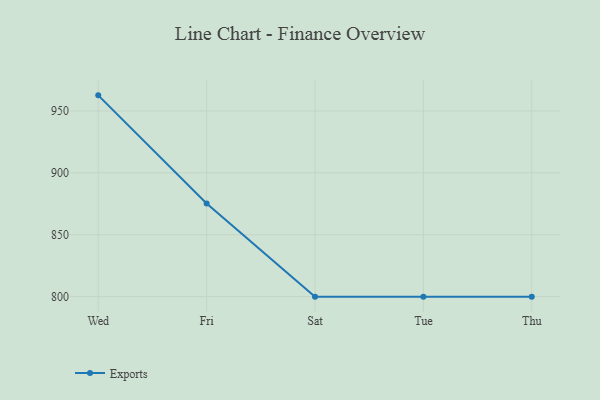
{"axis": {"x": "Day", "y": "Headcount"}, "legend": ["Exports"], "data": [{"x": "Wed", "y": 962.6, "type": "Exports"}, {"x": "Fri", "y": 875.2, "type": "Exports"}, {"x": "Sat", "y": 800, "type": "Exports"}, {"x": "Tue", "y": 800, "type": "Exports"}, {"x": "Thu", "y": 800, "type": "Exports"}]}